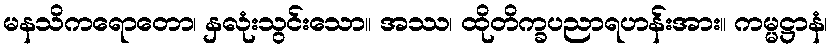
မနသိကရောတော၊ နှလုံးသွင်းသော။ အဿ၊ ထိုတိက္ခပညာရဟန်းအား။ ကမ္မဋ္ဌာနံ၊